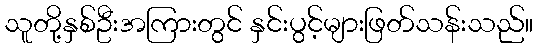
သူတို့နှစ်ဦးအကြားတွင် နှင်းပွင့်များဖြတ်သန်းသည်။